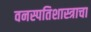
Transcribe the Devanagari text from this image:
वनस्पतिशास्त्राचा